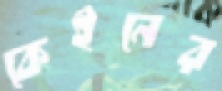
কেইনের